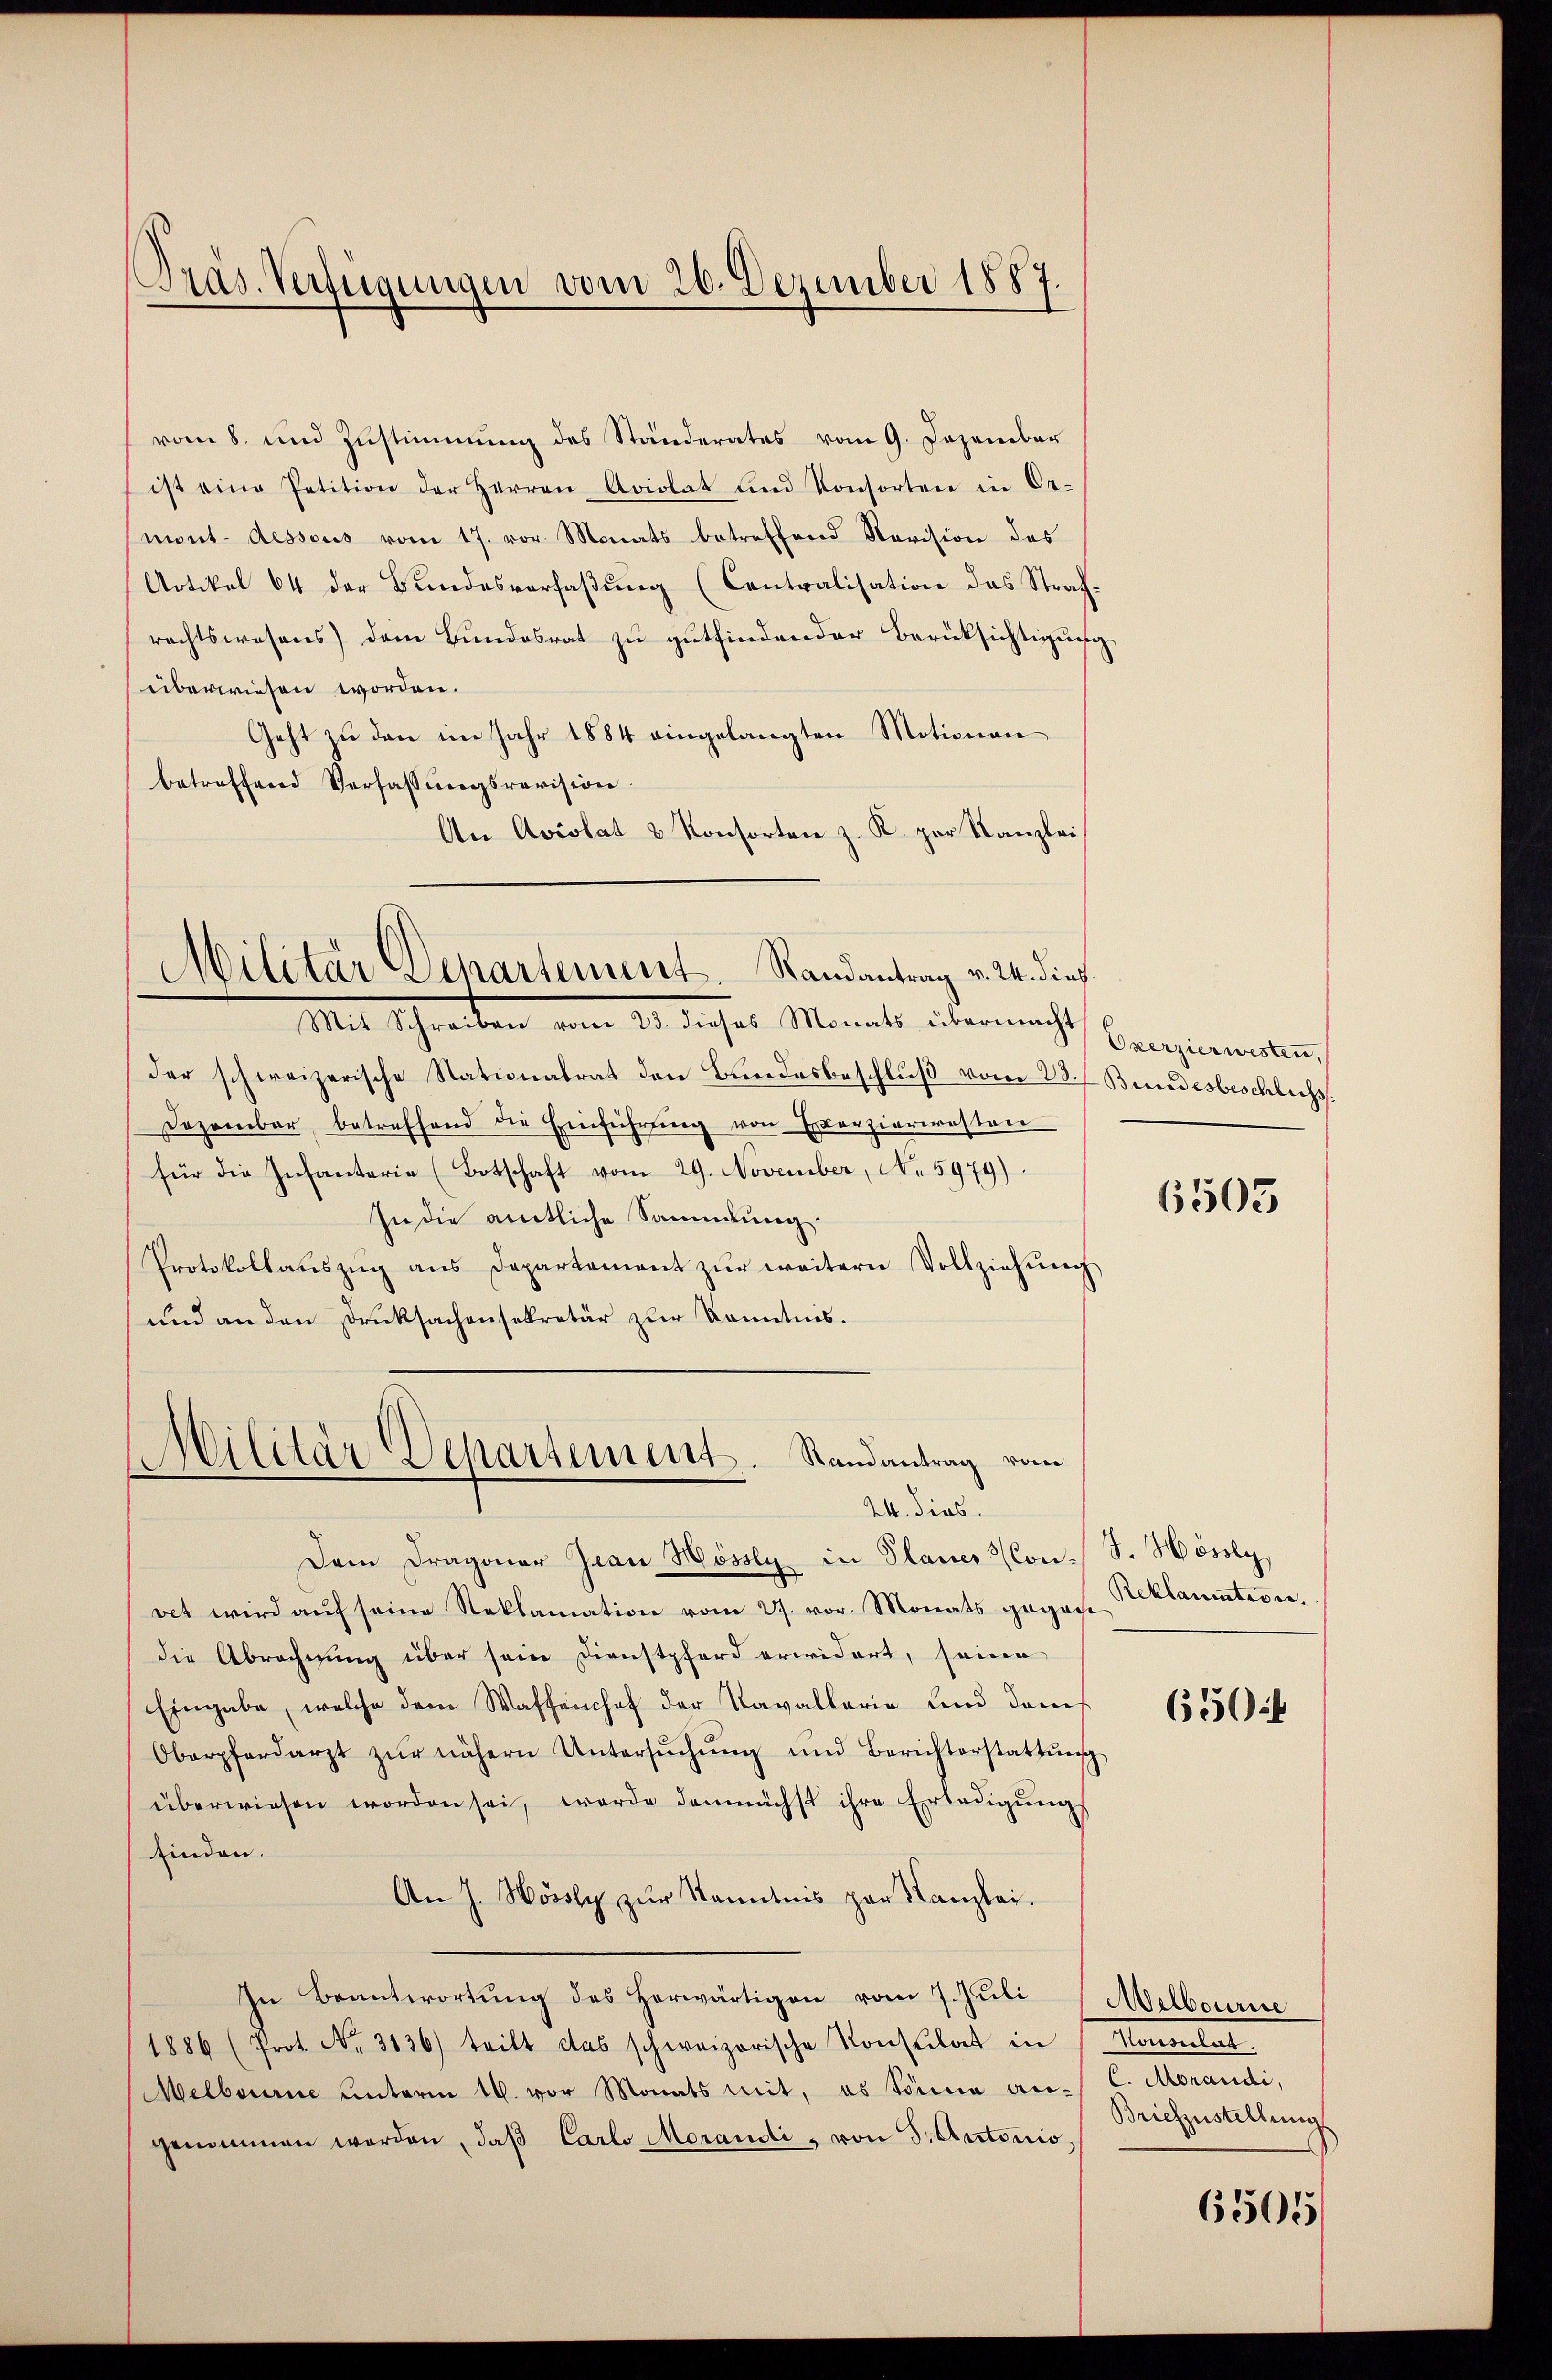
vom 8. und Zustimmung des Ständerates vom 9. Dezember
ist eine Petition der Herren Aviolat und Konsorten in Or-
mont-dessous vom 17. vor Monats betreffend Revision des
Artikel 64 der Bŭndesverfaβŭng (Contralisation das Straf-
rechtswesens) dem Bundesrat zu gutfindender Berücksichtigung
überwiesen worden.
Geht zu den im Jahr 1884 eingelangten Motionen
betreffend Verfassungsrevision.
An Aviolat & Konsorten z. K. zur Kanzlei

Präs. Verfügungen vom 26. Dezember 1887.

Mit Schreiben vom 20. dieses Monats übermacht
der schweizerische Stationalrat den Bundesbeschluß vom 28. Bundesbeschlichs
Dezember betreffend die Einführung von Exerzieriesten
für die Infanterie (Botschaft vom 29. November, No. 5979).
In die amtliche Sammlung.
Protokollaŭszŭg ans Departement zŭr weitern Vollziehŭng
und an den Drucksachensekretär zur Kenntnis.

Militar Departement. Randantrag v. 24. dies

Militär Departement. Randantrag vom
da dies

Dem Dragoner Jean Hössly in Planes Con-S. Hösly,
ret wird aŭf seine Reklamation vom 27. vor. Monats gegen Beklamation.
die Abrechnung über sein Dienstpferd erwidert, seine
Eingabe, welche dem Waffenhof der Kavallarie und dams
Oberpferdarzt zŭr nähern Untersŭchŭng und Berichterstattŭng
überwiesen worden sei, werde demnächst ihre Erledigŭngs
finden.
An J. Hössly zur Kenntnis par Kanzlei.
In Beantwortŭng des herwärtigen vom 7. Jŭli Melbourire
1886 (Prot. No. 3136) teilt das schweizerische Konsulat in Konsulat
Melbourne ŭnterm 16. vor Monats mit, es Sonna an C. Morandi,
genommen werden, daβ Carlo Morandi, von S. Autonis,

Oxerzierwesten,

6505

650

Briefestellung

6505